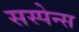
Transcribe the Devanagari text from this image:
सस्पेन्स